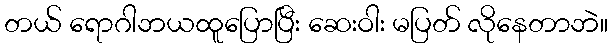
တယ် ရောဂါဘယထူပြောပြီး ဆေးဝါး မပြတ် လိုနေတာဘဲ။